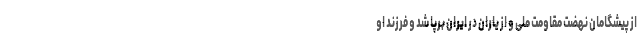
از پیشگامان نهضت مقاومت ملی و از یاران در ایران برپا شد و فرزند او